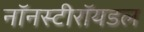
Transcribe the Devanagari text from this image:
नॉनस्टीरॉयडल